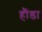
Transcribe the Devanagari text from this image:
हौंडा